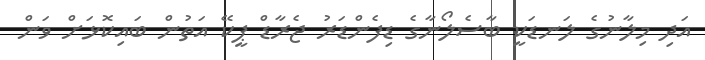
އަދި މިލާނުގެ ލަނޑަކީ ބާސެލޯނާގެ ޑިފެންޑަރު ޖެރާޑް ޕީކޭ އަތުން ބައިކޮޅަށް ވަން